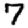
Digit: 7